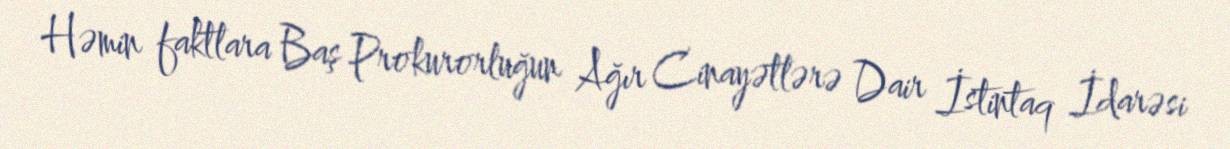
Həmin faktlara Baş Prokurorluğun Ağır Cinayətlərə Dair İstintaq İdarəsi